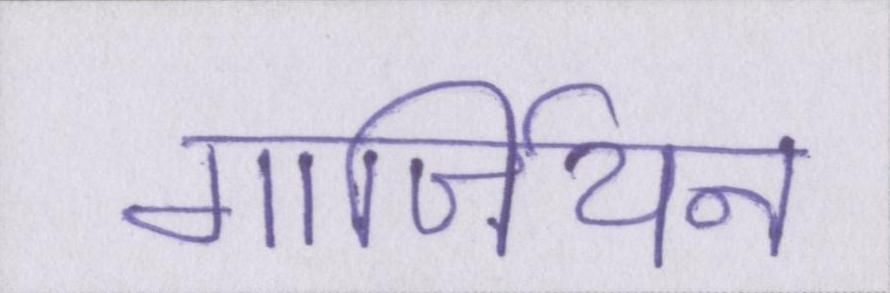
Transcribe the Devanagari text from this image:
गार्जियन